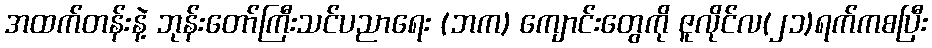
အထက်တန်းနဲ့ ဘုန်းတော်ကြီးသင်ပညာရေး (ဘက) ကျောင်းတွေကို ဇူလိုင်လ(၂၁)ရက်ကစပြီး